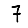
Digit: 7